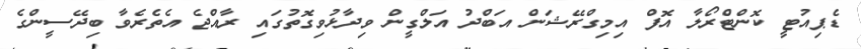
ޑެޕިއުޓީ ކޮންޓްރޯލާ އޮފް އިމިގްރޭޝަން އަބްދު އަލްގީން ވިދާޅުވިގޮތުގައި ރާއްޖެ އެތެރެވާ ބިދޭސީންގެ